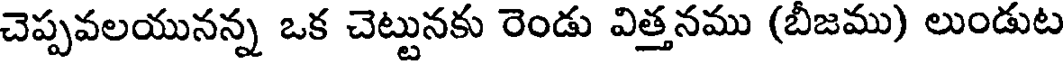
చెప్పవలయునన్న ఒక చెట్టునకు రెండు విత్తనము (బీజము) లుండుట